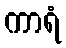
ကာရံ